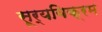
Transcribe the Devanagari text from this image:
सूर्यविक्रम